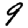
Digit: 9